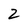
Character: Z